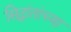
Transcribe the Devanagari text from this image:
सिद्धांतांच्या